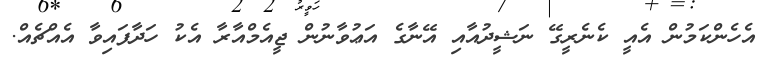
އެހެންކަމުން އެއީ ކެނެރީގޭ ނަޝީދުއާއި އޭނާގެ އަޢުވާނުން ޖީއެމްއާރާ އެކު ހަދާފައިވާ އެއްޗެއް.